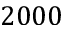
2 0 0 0